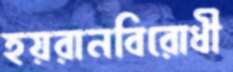
হয়রানবিরোধী